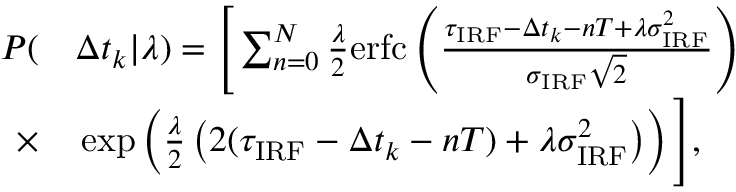
\begin{array} { r l } { P ( } & { { } \Delta t _ { k } | \lambda ) = \Bigg [ \sum _ { n = 0 } ^ { N } \frac { \lambda } { 2 } \mathrm { e r f c } \left( \frac { \tau _ { \mathrm { I R F } } - \Delta t _ { k } - n T + \lambda \sigma _ { \mathrm { I R F } } ^ { 2 } } { \sigma _ { \mathrm { I R F } } \sqrt { 2 } } \right) } \\ { \times } & { { } \exp \left( \frac { \lambda } { 2 } \left( 2 ( \tau _ { \mathrm { I R F } } - \Delta t _ { k } - n T ) + \lambda \sigma _ { \mathrm { I R F } } ^ { 2 } \right) \right) \Bigg ] , } \end{array}